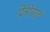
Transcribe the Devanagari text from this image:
प्रेत्रोग्राद